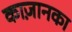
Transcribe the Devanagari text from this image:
काज़ानका